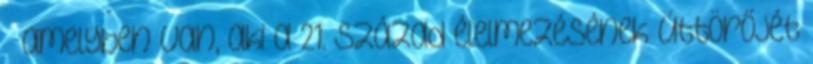
– amelyben van, aki a 21. század élelmezésének úttörőjét